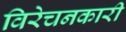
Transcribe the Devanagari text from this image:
विरेचनकारी